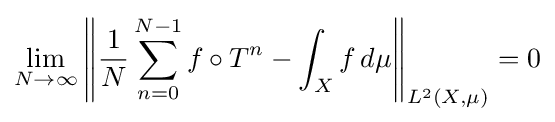
\lim _{N\to \infty }\left\|{1 \over N}\sum _{n=0}^{N-1}f\circ T^{n}-\int _{X}f\,d\mu \right\|_{L^{2}(X,\mu )}=0